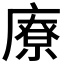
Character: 𱝊